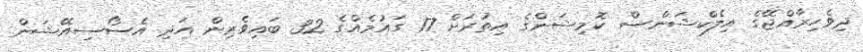
ދިވެހިރާއްޖޭގެ އިލެކްޝަންސް ކޮމިޝަންގެ އިތުރަށް 17 ގައުމެއްގެ 32 ބައިވެރިން އަދި އެސޯސިއޭޝަން